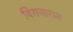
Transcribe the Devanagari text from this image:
विशनाराम